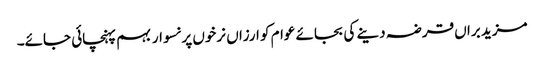
مزید براں قرضہ دینے کی بجائے عوام کو ارزاں نرخوں پر نسوار بہم پہنچائی جائے۔